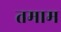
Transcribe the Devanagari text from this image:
तमाम